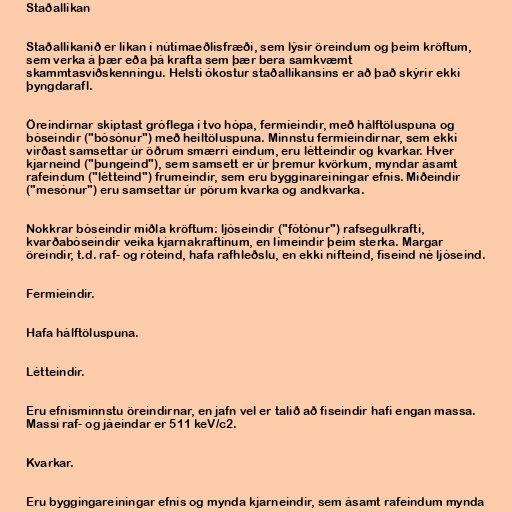
Staðallíkan

Staðallíkanið er líkan í nútímaeðlisfræði, sem lýsir öreindum og þeim kröftum,
sem verka á þær eða þá krafta sem þær bera samkvæmt
skammtasviðskenningu. Helsti ókostur staðallíkansins er að það skýrir ekki
þyngdarafl.

Öreindirnar skiptast gróflega í tvo hópa, fermíeindir, með hálftöluspuna og
bóseindir ("bósónur") með heiltöluspuna. Minnstu fermíeindirnar, sem ekki
virðast samsettar úr öðrum smærri eindum, eru létteindir og kvarkar. Hver
kjarneind ("þungeind"), sem samsett er úr þremur kvörkum, myndar ásamt
rafeindum ("létteind") frumeindir, sem eru bygginareiningar efnis. Miðeindir
("mesónur") eru samsettar úr pörum kvarka og andkvarka.

Nokkrar bóseindir miðla kröftum: ljóseindir ("fótónur") rafsegulkrafti,
kvarðabóseindir veika kjarnakraftinum, en límeindir þeim sterka. Margar
öreindir, t.d. raf- og róteind, hafa rafhleðslu, en ekki nifteind, fiseind né ljóseind.

Fermíeindir.

Hafa hálftöluspuna.

Létteindir.

Eru efnisminnstu öreindirnar, en jafn vel er talið að fiseindir hafi engan massa.
Massi raf- og jáeindar er 511 keV/c2.

Kvarkar.

Eru byggingareiningar efnis og mynda kjarneindir, sem ásamt rafeindum mynda